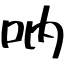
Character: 吶